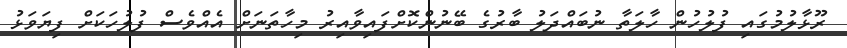
ރޫޅާލުމުގައި ފުލުހުން ހާލަތާ ނުބައްދަލު ބާރުގެ ބޭނުންކޮށްފައިވާއިރު މިހާތަނަށް އެއްވެސް ފުލުހަކަށް ފިޔަވަޅު